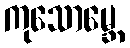
ကုသောမ္ဘေ